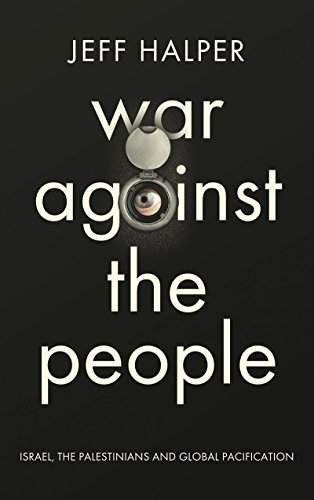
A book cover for War Against the People: Israel, the Palestinians and Global Pacification; Jeff Halper; History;